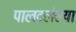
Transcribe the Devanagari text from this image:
पालटलेल्या